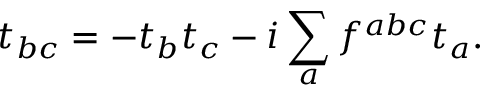
t _ { b c } = - t _ { b } t _ { c } - i \sum _ { a } f ^ { a b c } t _ { a } .